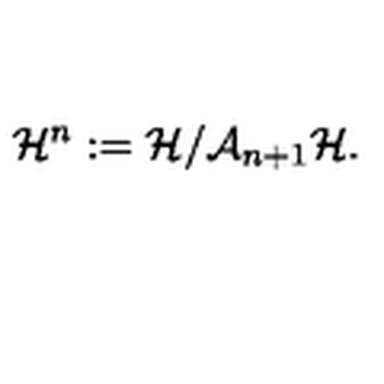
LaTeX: { \cal H } ^ { n } : = { \cal H } / { \cal A } _ { n + 1 } { \cal H } .